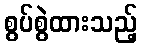
စွပ်စွဲထားသည့်